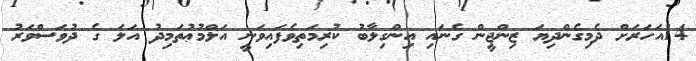
14އަހަރަށް ދެމިގެންދިޔަ ޒިންޖީން ގެނައި އިންގިލާބު ކުރިމަތިވެފައިވަނީ އަލްމުޢުތަމިދު އަލަ ގެ ދުވަސްވަރު